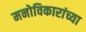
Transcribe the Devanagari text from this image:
मनोविकारांच्या